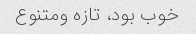
خوب بود، تازه ومتنوع